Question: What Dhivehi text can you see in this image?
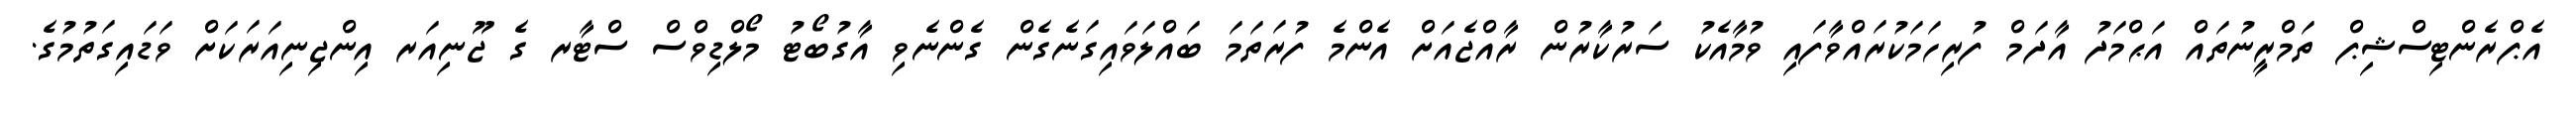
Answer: އެޕްރެންޓިސްޝިޕް ތަމްރީނުތައް އަޙްމަދު އާދަމް ފުރިހަމަކުރައްވާފައި ވުމާއެކު ސަރުކާރުން ރާއްޖެއަށް އެންމެ ފުރަތަމަ ބައްލަވައިގަނެގެން ގެންނެވި އާގުބޯޓު މޯލްޑިވްސް ސްޓާރ ގެ ޖޫނިއަރ އިންޖިނިއަރަކަށް ވަޑައިގަތުމުގެ.